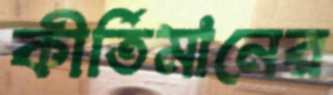
কীর্তিমানের